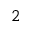
^ 2